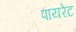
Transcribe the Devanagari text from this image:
पायरेट